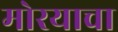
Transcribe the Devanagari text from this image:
मोरयाचा